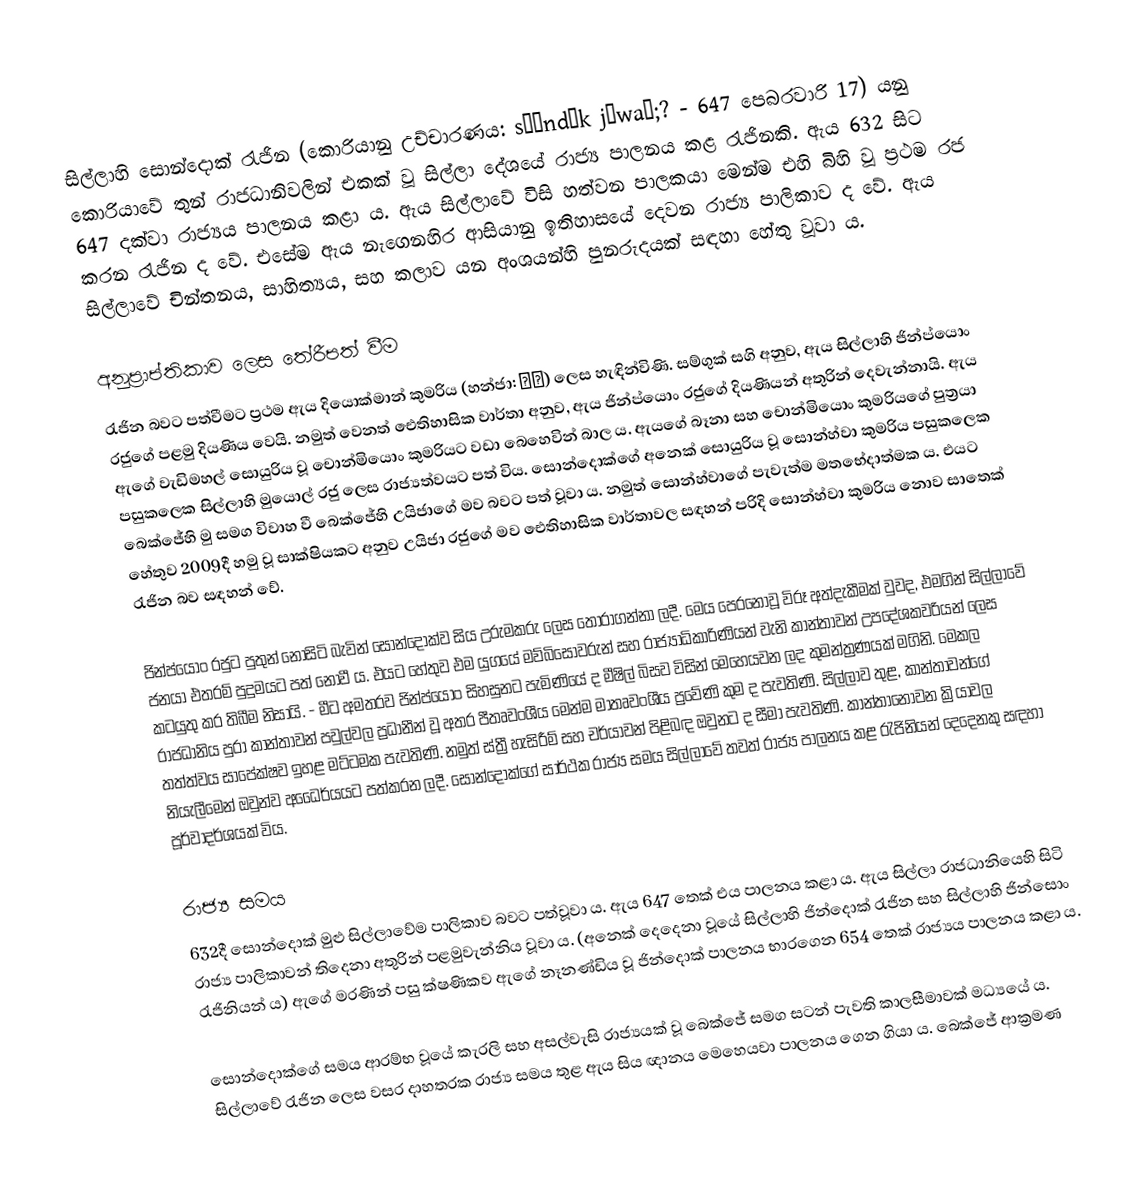
සිල්ලාහි සොන්දොක් රැජින (කොරියානු උච්චාරණය: sʰʌndʌk jʌwaŋ;? - 647 පෙබරවාරි 17) යනු කොරියාවේ තුන් රාජධානිවලින් එකක් වූ සිල්ලා දේශයේ රාජ්‍ය පාලනය කළ රැජිනකි. ඇය 632 සිට 647 දක්වා රාජ්‍යය පාලනය කළා ය.  ඇය සිල්ලාවේ විසි හත්වන පාලකයා මෙන්ම එහි බිහි වූ ප්‍රථම රජ කරන රැජින ද වේ. එසේම ඇය නැගෙනහිර ආසියානු ඉතිහාසයේ දෙවන රාජ්‍ය පාලිකාව ද වේ. ඇය සිල්ලාවේ චින්තනය, සාහිත්‍යය, සහ කලාව යන අංශයන්හි පුනරුදයක් සඳහා හේතු වූවා ය.

අනුප්‍රාප්තිකාව ලෙස තේරීපත් වීම
රැජින බවට පත්වීමට ප්‍රථම ඇය දියොක්මාන් කුමරිය (හන්ජා: 德曼) ලෙස හැඳින්විණි. සම්ගුක් සගි අනුව, ඇය සිල්ලාහි ජින්ප්යොං රජුගේ පළමු දියණිය වෙයි. නමුත් වෙනත් ඓතිහාසික වාර්තා අනුව, ඇය ජින්ප්යොං රජුගේ දියණියන් අතුරින් දෙවැන්නායි. ඇය ඇගේ වැඩිමහල් සොයුරිය වූ චොන්මියොං කුමරියට වඩා බෙහෙවින් බාල ය. ඇයගේ බෑනා සහ චොන්මියොං කුමරියගේ පුත්‍රයා පසුකලෙක සිල්ලාහි මුයොල් රජු ලෙස රාජ්‍යත්වයට පත් විය. සොන්දොක්ගේ අනෙක් සොයුරිය වූ සොන්හ්වා කුමරිය පසුකලෙක බෙක්ජේහි මු සමග විවාහ වී බෙක්ජේහි උයිජාගේ මව බවට පත් වූවා ය. නමුත් සොන්හ්වාගේ පැවැත්ම මතභේදාත්මක ය. එයට හේතුව 2009දී හමු වූ සාක්ෂියකට අනුව ‍උයිජා රජුගේ මව ඓතිහාසික වාර්තාවල සඳහන් පරිදි සොන්හ්වා කුමරිය නොව සාතෙක් රැජින බව සඳහන් වේ.

ජින්ප්යොං රජුට පුතුන් නොසිටි බැවින් සොන්දොක්ව සිය උරුමකරු ලෙස තෝරාගන්නා ලදී. මෙය පෙරනොවූ විරූ අත්දැකීමක් වුවද, එමගින් සිල්ලාවේ ජනයා එතරම් පුදුමයට පත් නොවී ය. එයට හේතුව එම යුගයේ මව්බිසෝවරුන් සහ රාජ්‍යාධිකාරිණියන් වැනි කාන්තාවන් උපදේශකවරියන් ලෙස කටයුතු කර තිබීම නිසායි. - මීට අමතරව ජින්ප්යොං සිහසුනට පැමිණියේ ද මීෂිල් බිසව විසින් මෙහෙයවන ලද කුමන්ත්‍රණයක් මගිනි. මෙකල රාජධානිය පුරා කාන්තාවන් පවුල්වල ප්‍රධානීන් වූ අතර පීතෘවංශීය මෙන්ම මාතෘවංශීය ප්‍රවේණි කුම ද පැවතිණි. සිල්ලාව තුළ, කාන්තාවන්ගේ තත්ත්වය සාපේක්ෂව ඉහළ මට්ටමක පැවතිණි. නමුත් ස්ත්‍රී හැසිරීම් සහ චර්යාවන් පිළිබඳ ඔවුනට ද සීමා පැවතිණි. කාන්තානොවන ක්‍රියාවල නියැලීමෙන් ඔවුන්ව අධෛර්යයට පත්කරන ලදී. සොන්දොක්ගේ සාර්ථක රාජ්‍ය සමය සිල්ලාවේ තවත් රාජ්‍ය පාලනය කළ රැජිනියන් දෙදෙනකු සඳහා පූර්වාදර්ශයක් විය.

රාජ්‍ය සමය
632දී සොන්දොක් මුළු සිල්ලාවේම පාලිකාව බවට පත්වූවා ය. ඇය 647 තෙක් එය පාලනය කළා ය. ඇය සිල්ලා රාජධානියෙහි සිටි රාජ්‍ය පාලිකාවන් තිදෙනා අතුරින් පළමුවැන්නිය වූවා ය. (අනෙක් දෙදෙනා වූයේ සිල්ලාහි ජින්දොක් රැජින සහ සිල්ලාහි ජින්සොං රැජිනියන් ය) ඇගේ මරණින් පසු ක්ෂණිකව ඇගේ නෑනණ්ඩිය වූ ජින්දොක් පාලනය භාරගෙන 654 තෙක් රාජ්‍යය පාලනය කළා ය.

සොන්දොක්ගේ සමය ආරම්භ වූයේ කැරලි සහ අසල්වැසි රාජ්‍යයක් වූ බෙක්ජේ සමග සටන් පැවති කාලසීමාවක් මධ්‍යයේ ය. සිල්ලාවේ රැජින ලෙස වසර දාහතරක රාජ්‍ය සමය තුළ ඇය සිය ඥානය මෙහෙයවා පාලනය ගෙන ගියා ය. බෙක්ජේ ආක්‍රමණ